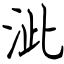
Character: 泚